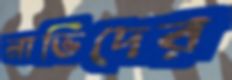
নাভিদের